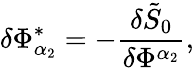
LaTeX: \delta\Phi_{\alpha_{2}}^{*}=-\frac{\delta\tilde{S}_{0}}{\delta\Phi^{\alpha_{2}}},